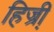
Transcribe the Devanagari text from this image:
हिज्री़